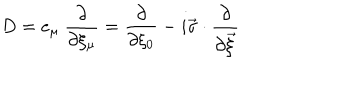
LaTeX: D = e _ { \mu } ~ \frac { \partial } { \partial \xi _ { \mu } } = \frac { \partial } { \partial \xi _ { 0 } } - i \vec { \sigma } \cdot \frac { \partial } { \partial \vec { \xi } }